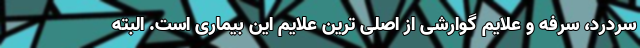
سردرد، سرفه و علایم گوارشی از اصلی ترین علایم این بیماری است. البته